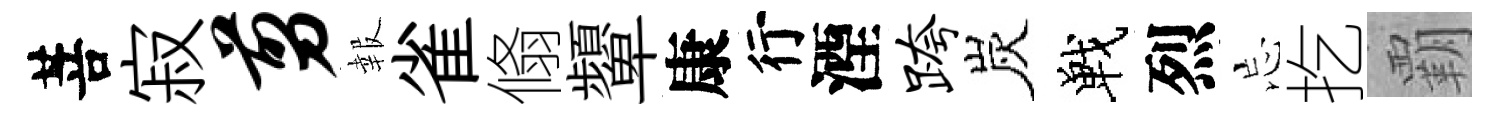
菩寂剪報雀翛顰康行湮跨炭戰烈忘扢覇